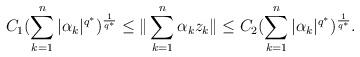
LaTeX: \begin{align*}C_{1}(\sum_{k=1}^{n}|\alpha_{k}|^{q^{*}})^{\frac{1}{q^{*}}}\leq \|\sum_{k=1}^{n}\alpha_{k}z_{k}\|\leq C_{2}(\sum_{k=1}^{n}|\alpha_{k}|^{q^{*}})^{\frac{1}{q^{*}}}.\end{align*}